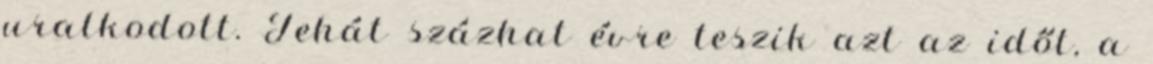
uralkodott. Tehát százhat évre teszik azt az időt, a